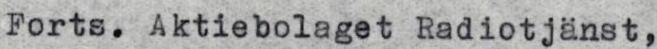
Forts. Aktiebolaget Radiotjänst,